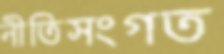
নীতিসংগত